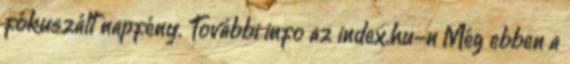
fókuszált napfény. További info az index.hu-n Még ebben a